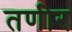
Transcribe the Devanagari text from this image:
तणीर